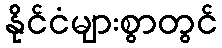
နိုင်ငံများစွာတွင်